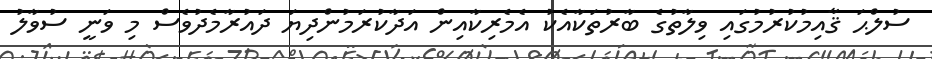
ސުލްޙަ ޤާއިމުކުރުމުގައި ވިލާތުގެ ބާރުތަކާއެކު އެމެރިކާއިން އަދާކުރަމުންދިޔަ ދައުރާމެދުވެސް މި ވަނީ ސުވާލު